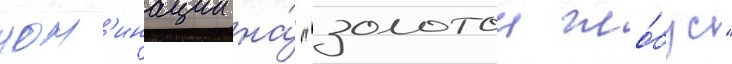
ном'инации на́ "золотои гло́бус"